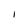
Character: I